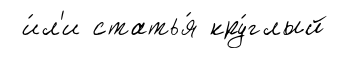
и́л'и статья́ кру́глый